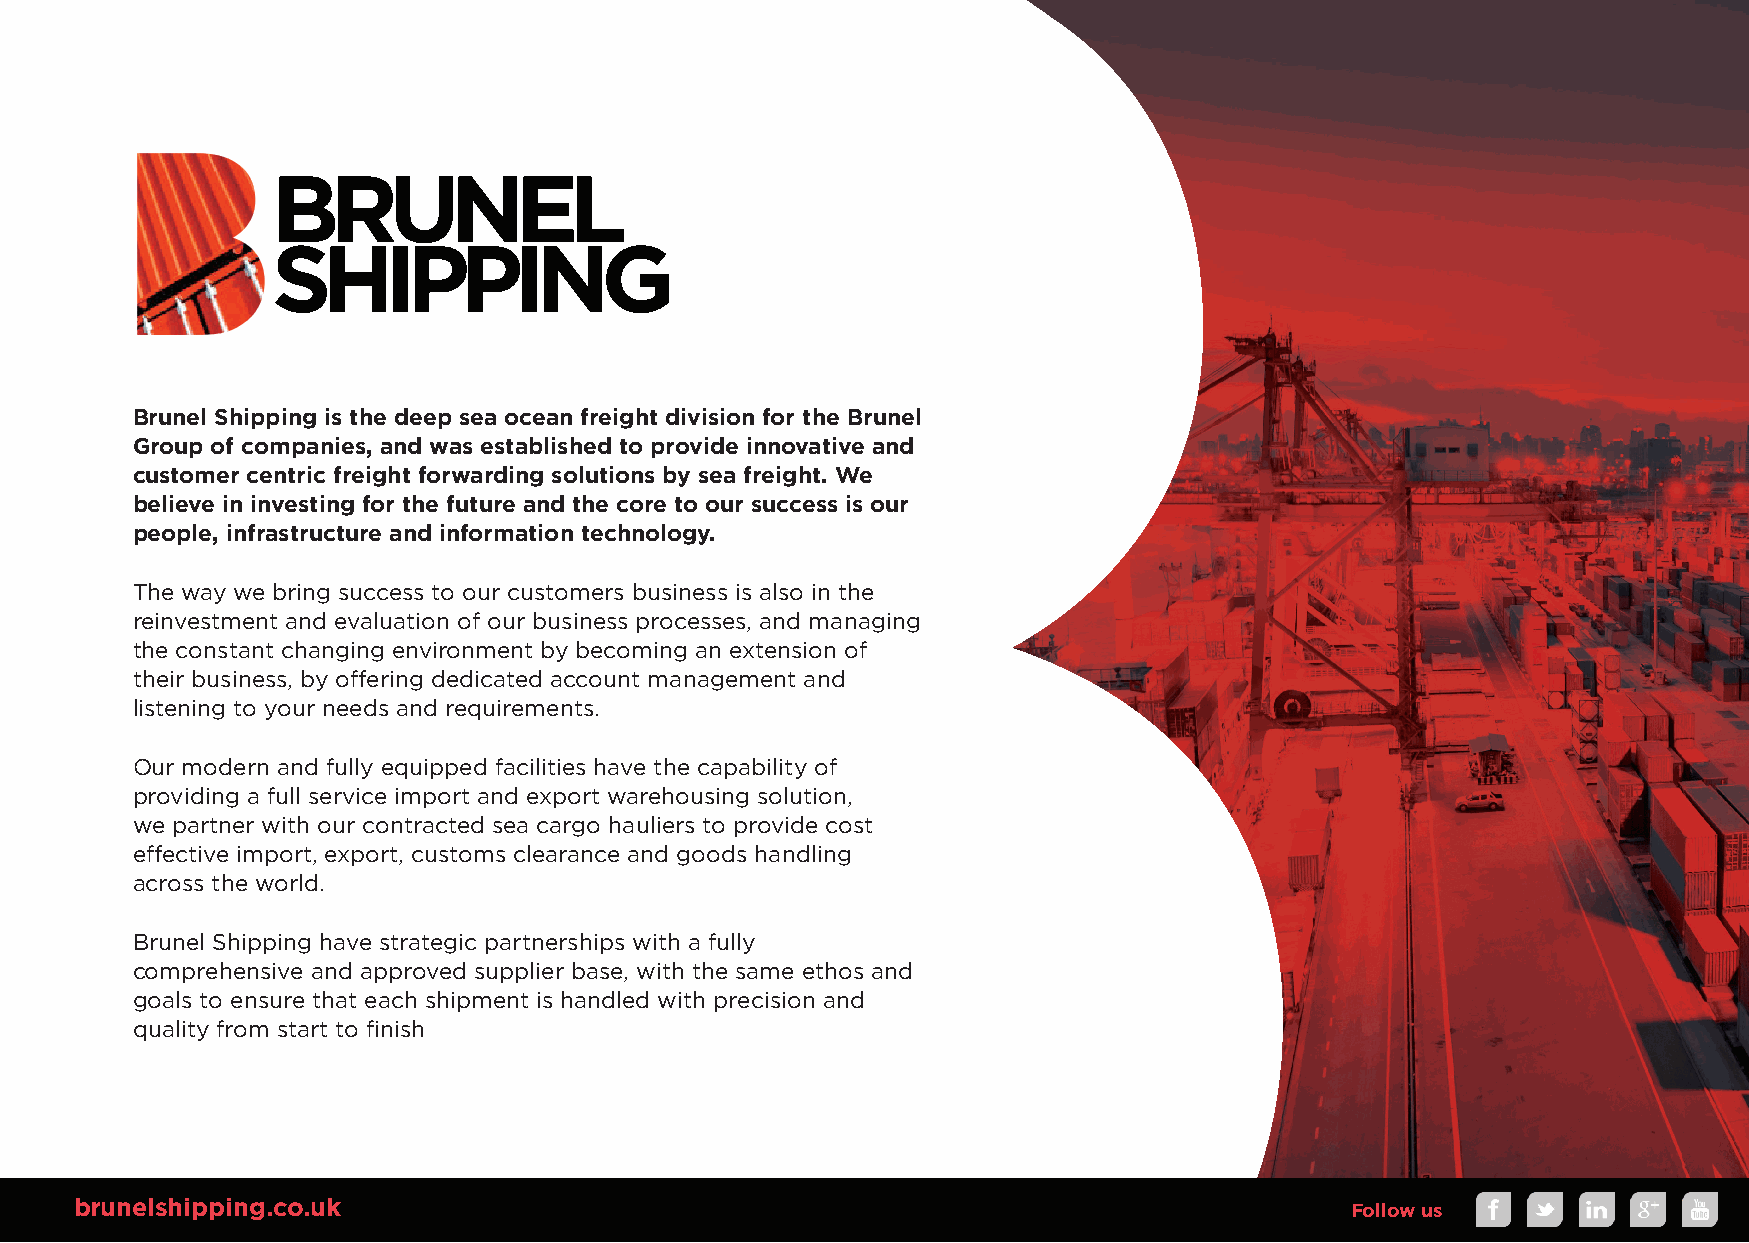
Brunel Shipping is the deep sea ocean freight division for the Brunel
 Group of companies, and was established to provide innovative and
 customer centric freight forwarding solutions by sea freight. We
 believe in investing for the future and the core to our success is our
 people, infrastructure and information technology.
 The way we bring success to our customers business is also in the
 reinvestment and evaluation of our business processes, and managing
 the constant changing environment by becoming an extension of
 their business, by off ering dedicated account management and
 listening to your needs and requirements.
 Our modern and fully equipped facilities have the capability of
 providing a full service import and export warehousing solution,
 we partner with our contracted sea cargo hauliers to provide cost
 eff ective import, export, customs clearance and goods handling
 across the world.
 Brunel Shipping have strategic partnerships with a fully
 comprehensive and approved supplier base, with the same ethos and
 goals to ensure that each shipment is handled with precision and
 quality from start to fi nish
 brunelshipping.co.uk                                                                 Follow us
 BRUNEL_SHIPPING_CompanyPresentation_2018_V1.indd 5                                                          23/10/2018 15:44